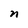
Character: n